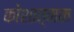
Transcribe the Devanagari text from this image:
कोशात्मक